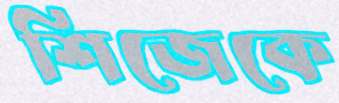
শিজেকে